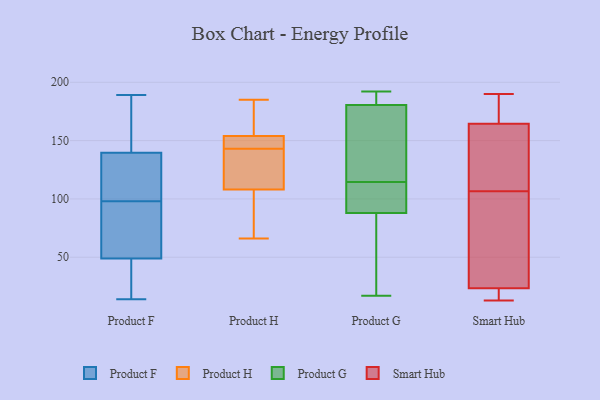
{"axis": {"x": "Population (Million)", "y": "Value"}, "legend": ["Product F", "Product G", "Product H", "Smart Hub"], "data": [{"x": "", "y": 162, "type": "Product F"}, {"x": "", "y": 77, "type": "Product F"}, {"x": "", "y": 28, "type": "Product F"}, {"x": "", "y": 67, "type": "Product F"}, {"x": "", "y": 61, "type": "Product F"}, {"x": "", "y": 189, "type": "Product F"}, {"x": "", "y": 14, "type": "Product F"}, {"x": "", "y": 16, "type": "Product F"}, {"x": "", "y": 89, "type": "Product F"}, {"x": "", "y": 105, "type": "Product F"}, {"x": "", "y": 103, "type": "Product F"}, {"x": "", "y": 185, "type": "Product F"}, {"x": "", "y": 45, "type": "Product F"}, {"x": "", "y": 120, "type": "Product F"}, {"x": "", "y": 99, "type": "Product F"}, {"x": "", "y": 98, "type": "Product F"}, {"x": "", "y": 152, "type": "Product F"}, {"x": "", "y": 22, "type": "Product F"}, {"x": "", "y": 146, "type": "Product F"}, {"x": "", "y": 144, "type": "Product H"}, {"x": "", "y": 119, "type": "Product H"}, {"x": "", "y": 147, "type": "Product H"}, {"x": "", "y": 170, "type": "Product H"}, {"x": "", "y": 142, "type": "Product H"}, {"x": "", "y": 98, "type": "Product H"}, {"x": "", "y": 145, "type": "Product H"}, {"x": "", "y": 66, "type": "Product H"}, {"x": "", "y": 185, "type": "Product H"}, {"x": "", "y": 161, "type": "Product H"}, {"x": "", "y": 116, "type": "Product H"}, {"x": "", "y": 100, "type": "Product H"}, {"x": "", "y": 111, "type": "Product G"}, {"x": "", "y": 86, "type": "Product G"}, {"x": "", "y": 90, "type": "Product G"}, {"x": "", "y": 116, "type": "Product G"}, {"x": "", "y": 113, "type": "Product G"}, {"x": "", "y": 186, "type": "Product G"}, {"x": "", "y": 192, "type": "Product G"}, {"x": "", "y": 37, "type": "Product G"}, {"x": "", "y": 179, "type": "Product G"}, {"x": "", "y": 182, "type": "Product G"}, {"x": "", "y": 140, "type": "Product G"}, {"x": "", "y": 17, "type": "Product G"}, {"x": "", "y": 14, "type": "Smart Hub"}, {"x": "", "y": 25, "type": "Smart Hub"}, {"x": "", "y": 87, "type": "Smart Hub"}, {"x": "", "y": 145, "type": "Smart Hub"}, {"x": "", "y": 13, "type": "Smart Hub"}, {"x": "", "y": 190, "type": "Smart Hub"}, {"x": "", "y": 184, "type": "Smart Hub"}, {"x": "", "y": 126, "type": "Smart Hub"}, {"x": "", "y": 190, "type": "Smart Hub"}, {"x": "", "y": 130, "type": "Smart Hub"}, {"x": "", "y": 37, "type": "Smart Hub"}, {"x": "", "y": 22, "type": "Smart Hub"}]}